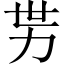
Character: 𱐭